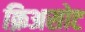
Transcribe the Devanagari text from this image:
क्रिअसोट